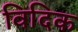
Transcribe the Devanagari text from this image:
विदिक